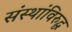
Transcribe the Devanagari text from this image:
संस्थांविरुद्ध